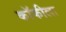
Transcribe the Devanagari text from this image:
कॉफीला